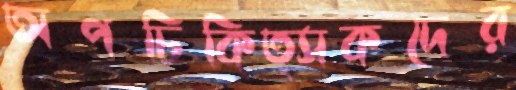
অপচিকিত্সকদের